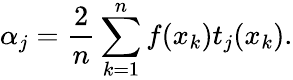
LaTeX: \alpha_{j}=\frac{2}{n}\sum_{k=1}^{n}f(x_{k})t_{j}(x_{k}).